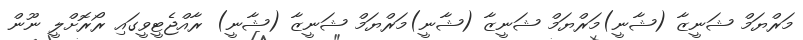
މަރްޔަމް ޝަނީޒާ (ޝާނީ)މަރްޔަމް ޝަނީޒާ (ޝާނީ)މަރްޔަމް ޝަނީޒާ (ޝާނީ) ރާއްޖެޓީވީގައި ރޯރޮށްލީ ނޫން